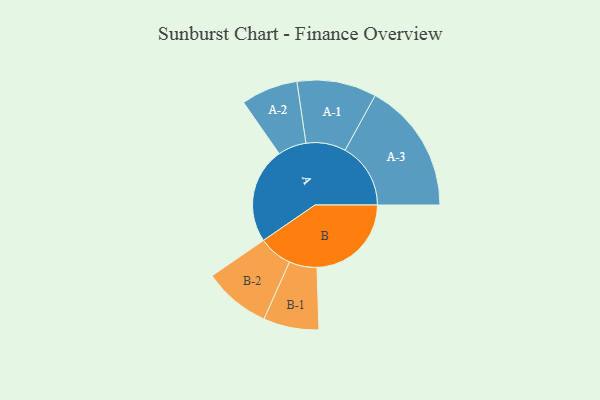
{"axis": {"x": "Segment", "y": "Value"}, "legend": ["", "A", "B"], "data": [{"x": "A", "y": 439, "type": ""}, {"x": "B", "y": 432, "type": ""}, {"x": "A-1", "y": 182, "type": "A"}, {"x": "A-2", "y": 130, "type": "A"}, {"x": "A-3", "y": 300, "type": "A"}, {"x": "B-1", "y": 127, "type": "B"}, {"x": "B-2", "y": 154, "type": "B"}]}